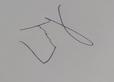
Signature authenticity: genuine